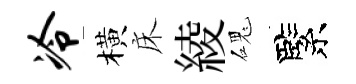
冷橫床綾磈緊